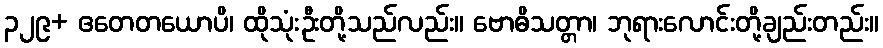
၃၂၉+ ဧတေတယောပိ၊ ထိုသုံးဦးတို့သည်လည်း။ ဗောဓိသတ္တာ၊ ဘုရားလောင်းတို့ချည်းတည်း။